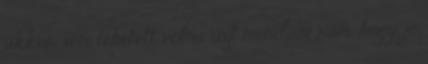
akkor sem lehetett volna azt mondani rám, hogy jó